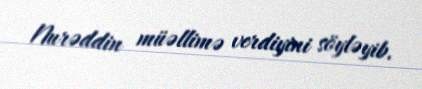
Nurəddin müəllimə verdiyini söyləyib.